342_HS1-416511228_319.1 Flying Discs 1949
Agency: Department of War
Incident date: 1/9/50
Page 142
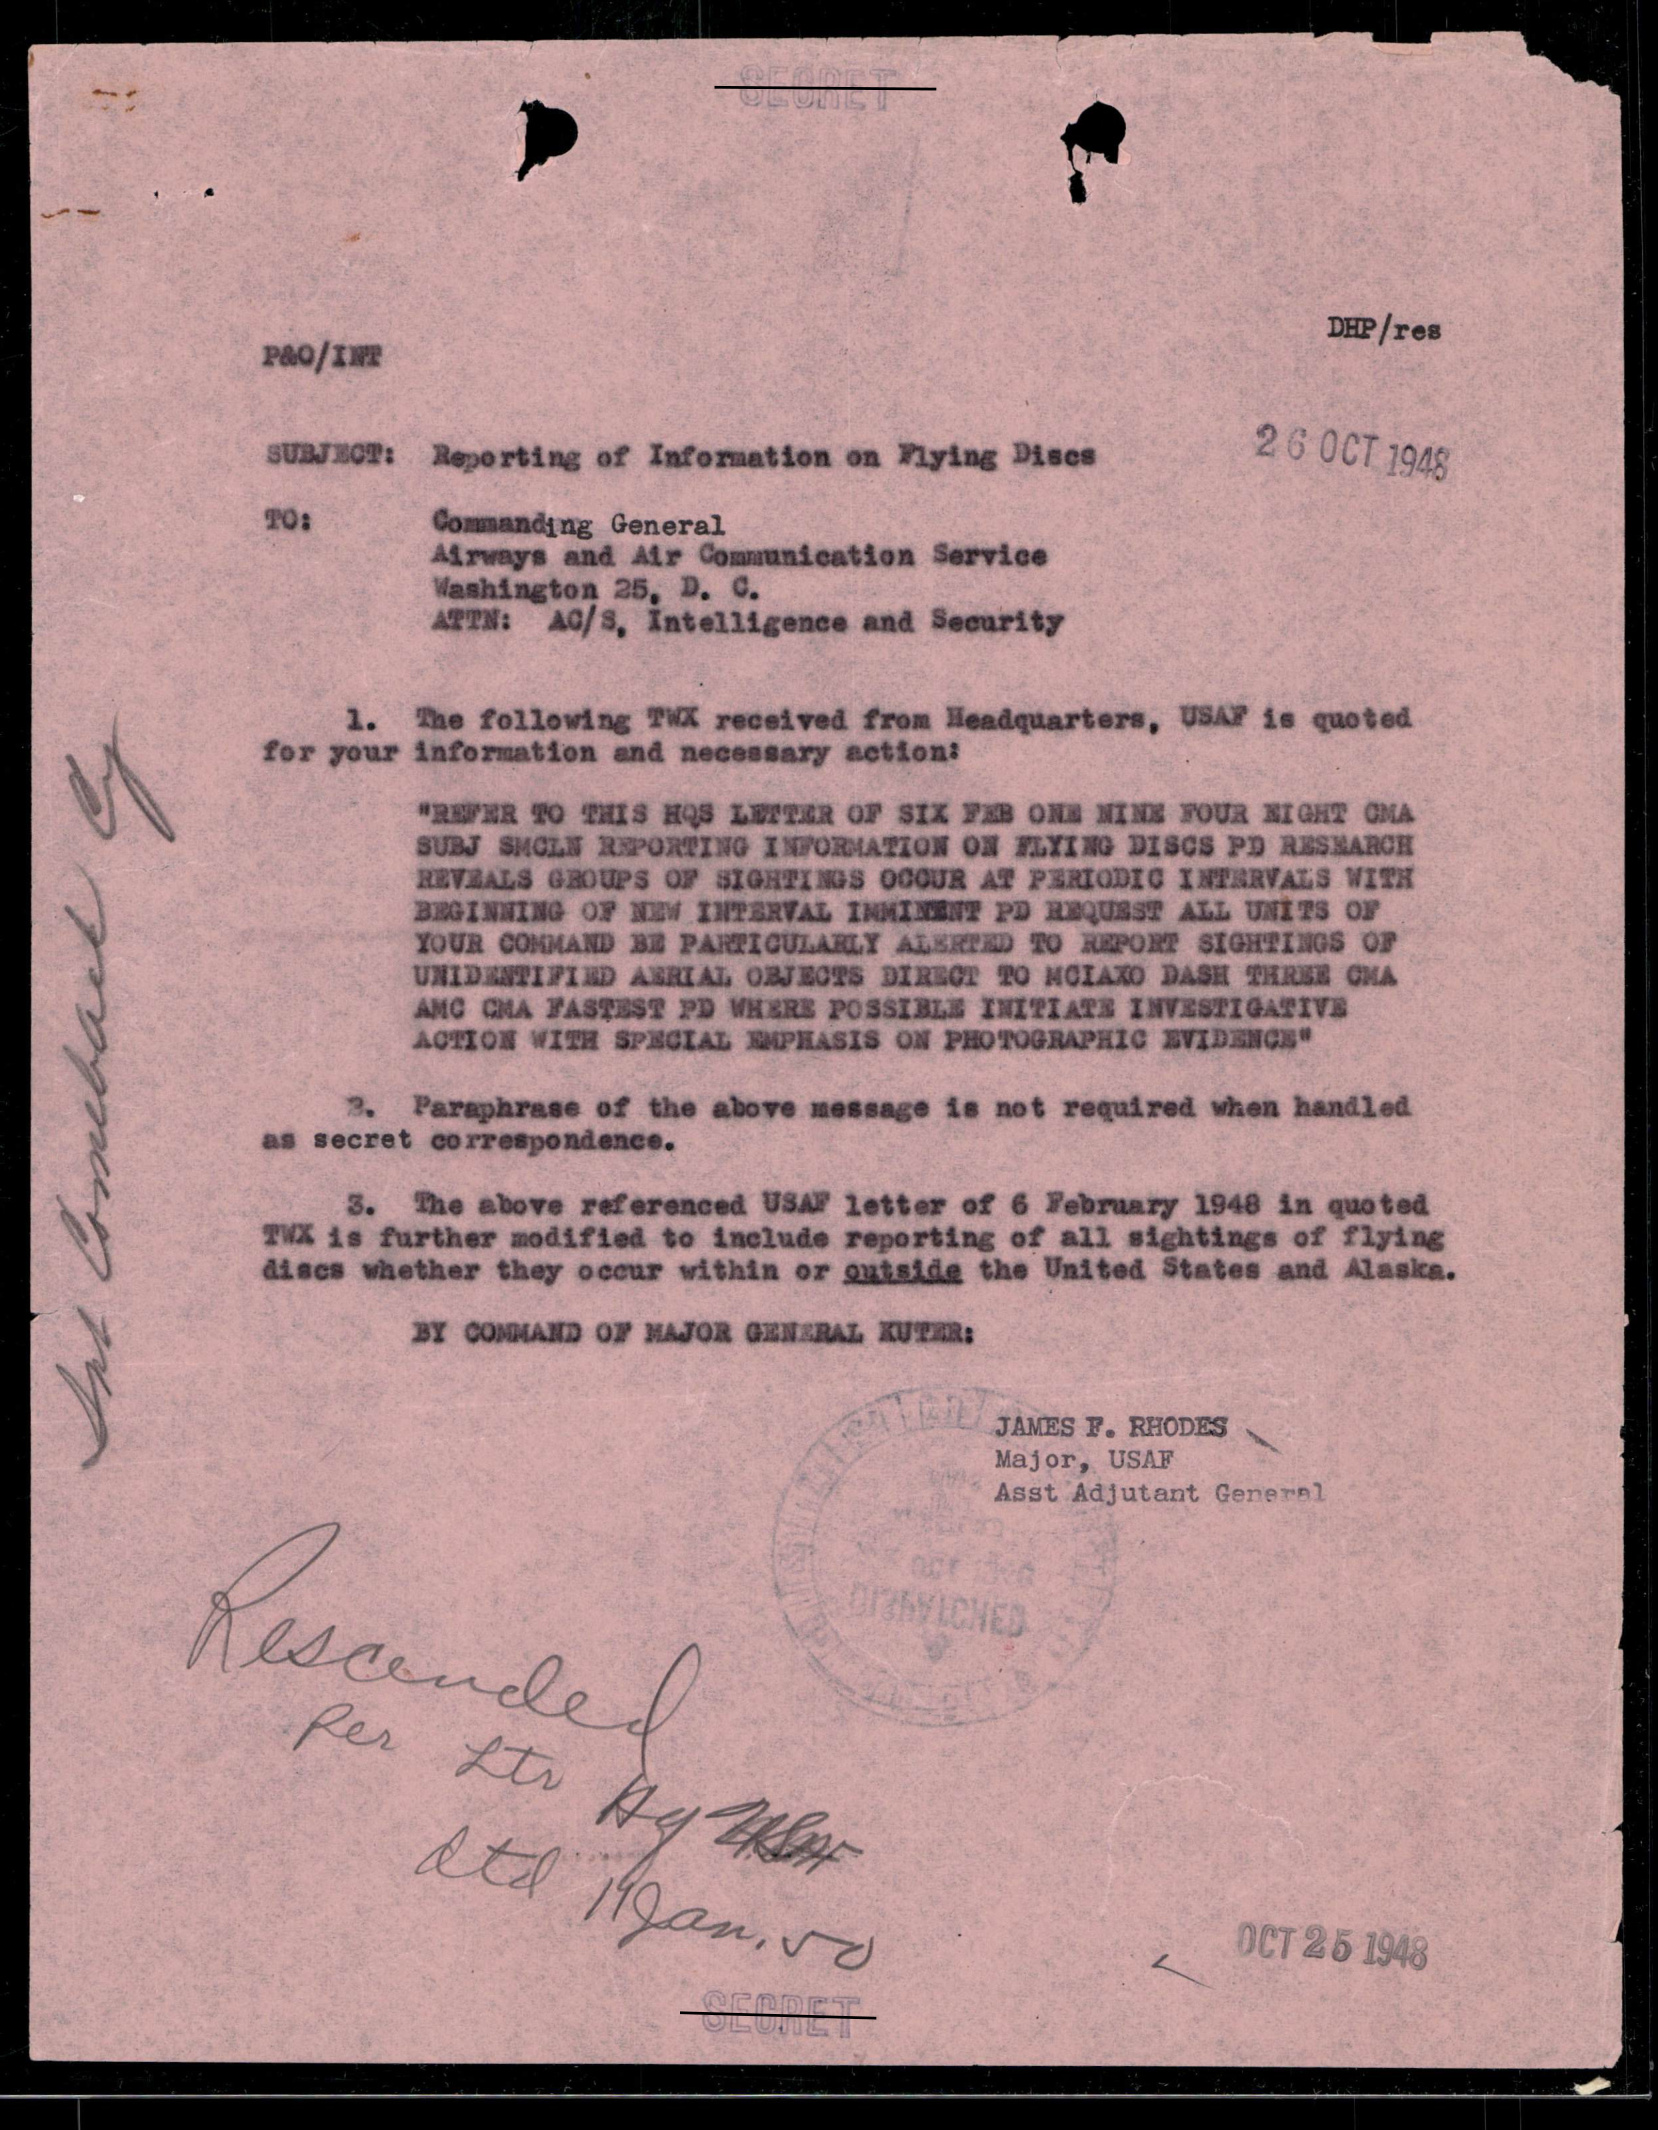